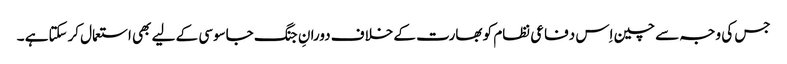
جس کی وجہ سے چین اِس دفاعی نظام کو بھارت کے خلاف دورانِ جنگ جاسوسی کے لیے بھی استعمال کرسکتاہے ۔